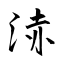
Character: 浾